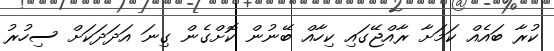
ކުރާ ބައެއް ކަމަށާ ރާއްޖޭގައި ކިހާއް ބޭނުން ކޮށްގެން ގިނަ އަދަދަކަށް ސިހުރު